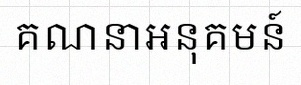
គណនាអនុគមន៍